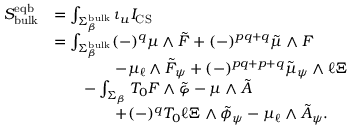
\begin{array} { r l } { S _ { \mathrm { b u l k } } ^ { \mathrm { e q b } } } & { = \int _ { \Sigma _ { \beta } ^ { \mathrm { b u l k } } } \iota _ { u } I _ { \mathrm { C S } } } \\ & { = \int _ { \Sigma _ { \beta } ^ { \mathrm { b u l k } } } ( - ) ^ { q } \mu \wedge \tilde { F } + ( - ) ^ { p q + q } \tilde { \mu } \wedge F } \\ & { \qquad \qquad - \mu _ { \ell } \wedge \tilde { F } _ { \psi } + ( - ) ^ { p q + p + q } \tilde { \mu } _ { \psi } \wedge \ell \Xi } \\ & { \qquad - \int _ { \Sigma _ { \beta } } T _ { 0 } F \wedge \tilde { \varphi } - \mu \wedge \tilde { A } } \\ & { \qquad \qquad + ( - ) ^ { q } T _ { 0 } \ell \Xi \wedge \tilde { \phi } _ { \psi } - \mu _ { \ell } \wedge \tilde { A } _ { \psi } . } \end{array}